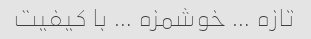
تازه … خوشمزه … با کیفیت